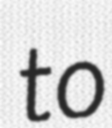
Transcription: to